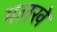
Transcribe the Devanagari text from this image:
मलखे